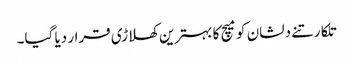
تلکارتنے دلشان کو میچ کا بہترین کھلاڑی قرار دیا گیا۔